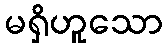
မရှိဟူသော